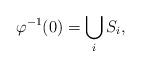
LaTeX: \begin{gather*}\varphi^{-1}(0)=\bigcup_{i}S_{i},\end{gather*}